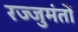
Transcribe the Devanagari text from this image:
रज्जुमंतों